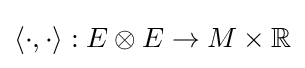
\langle \cdot ,\cdot \rangle :E\otimes E\to M\times \mathbb {R}